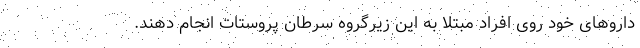
داروهای خود روی افراد مبتلا به این زیرگروه سرطان پروستات انجام دهند.